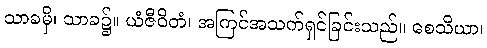
သာခမှိ၊ သာခ၌။ ယံဇီဝိတံ၊ အကြင်အသက်ရှင်ခြင်းသည်။ စေသိယာ၊